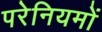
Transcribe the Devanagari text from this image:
परेनियमों